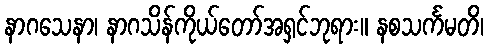
နာဂသေနာ၊ နာဂသိန်ကိုယ်တော်အရှင်ဘုရား။ နစသင်္ကမတိ၊